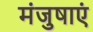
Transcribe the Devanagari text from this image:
मंजुषाएं